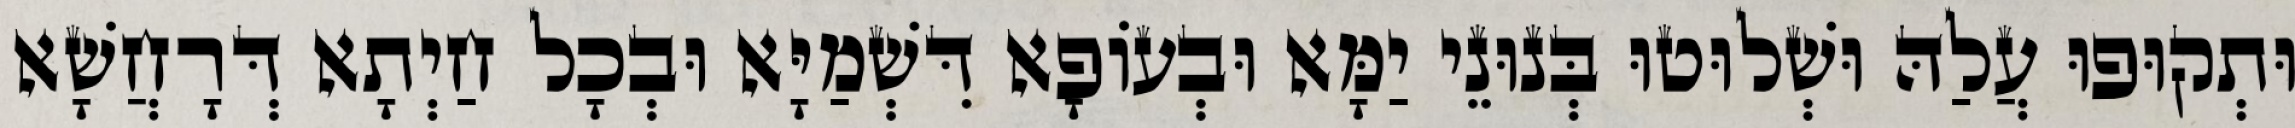
וּתְקוּפוּ עֲלַהּ וּשְׁלוּטוּ בְּנוּנֵי יַמָּא וּבְעוֹפָא דִּשְׁמַיָּא וּבְכָל חַיְתָא דְּרָחֲשָׁא